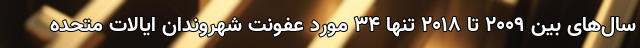
سال‌های بین 2009 تا 2018 تنها 34 مورد عفونت شهروندان ایالات متحده